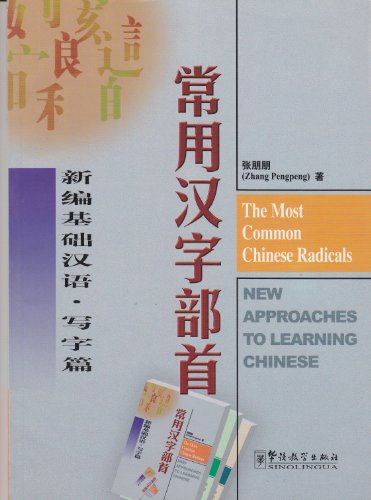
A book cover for The Most Common Chinese Radicals (Chinese Edition); Zhang Pengpeng; Reference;